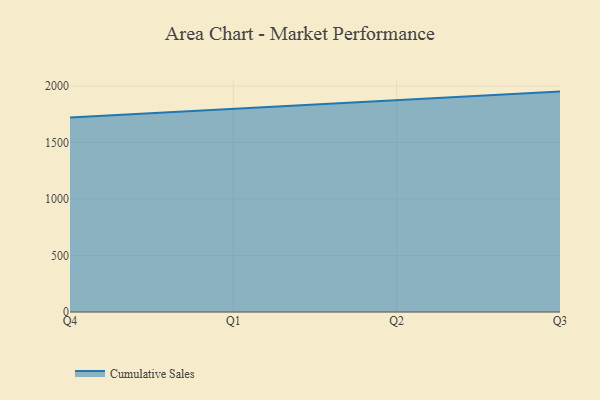
{"axis": {"x": "Quarter", "y": "Temperature (°C)"}, "legend": ["Cumulative Sales"], "data": [{"x": "Q4", "y": 1722.2, "type": "Cumulative Sales"}, {"x": "Q1", "y": 1797.2, "type": "Cumulative Sales"}, {"x": "Q2", "y": 1873.6, "type": "Cumulative Sales"}, {"x": "Q3", "y": 1950.5, "type": "Cumulative Sales"}]}